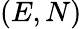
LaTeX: (E,N)